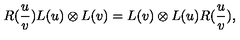
R ( \frac { u } { v } ) L ( u ) \otimes L ( v ) = L ( v ) \otimes L ( u ) R ( \frac { u } { v } ) ,